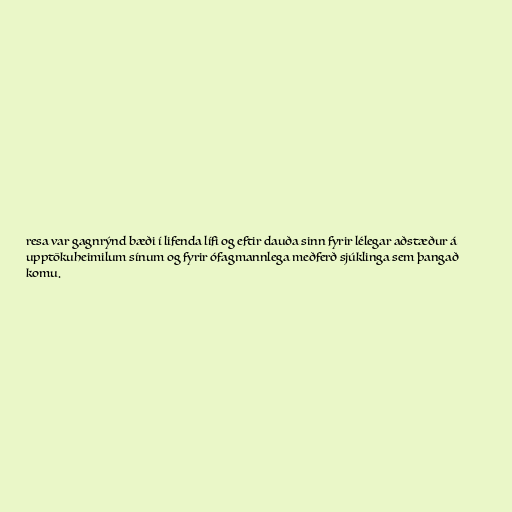
resa var gagnrýnd bæði í lifenda lífi og eftir dauða sinn fyrir lélegar aðstæður á
upptökuheimilum sínum og fyrir ófagmannlega meðferð sjúklinga sem þangað
komu.